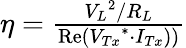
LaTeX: \begin{array}{r}{\eta=\frac{{{V_{L}}^{2}/{R_{L}}}}{{\operatorname{Re}({V_{Tx}}^{*}\cdot{I_{Tx}}))}}}\end{array}